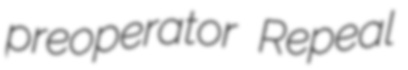
preoperator Repeal